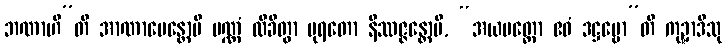
ဘဏာဟီ”တိ အာဏာပေန္တောပိ ပဏ္ဏံ လိခိတွာ ပုရတော နိဿဇ္ဇန္တောပိ, “အယမတ္ထော ဧဝံ ဒဋ္ဌဗ္ဗော”တိ ကုဍ္ဍာဒီသု